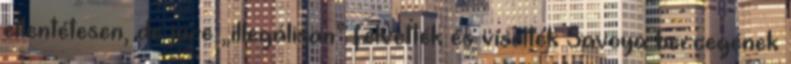
ellentétesen, de jure „illegálisan” felvették és viselték Savoya hercegének